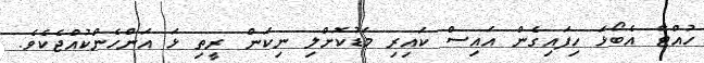
ހުއްޓާ އެބޯޅަ ހިފައިގެން އައިސް ކައިރި މަޑުކޮށްލި ނިކަން ރީތި ޅަ އަންހެންކުއްޖެކެވެ.